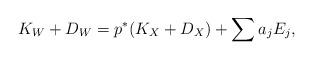
LaTeX: \begin{align*}K_W+D_W=p^* (K_X+D_X)+\sum a_j E_j,\end{align*}